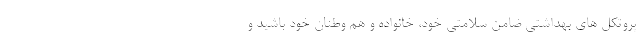
پروتکل های بهداشتی ضامن سلامتی خود، خانواده و هم وطنان خود باشید و